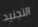
التجنيد